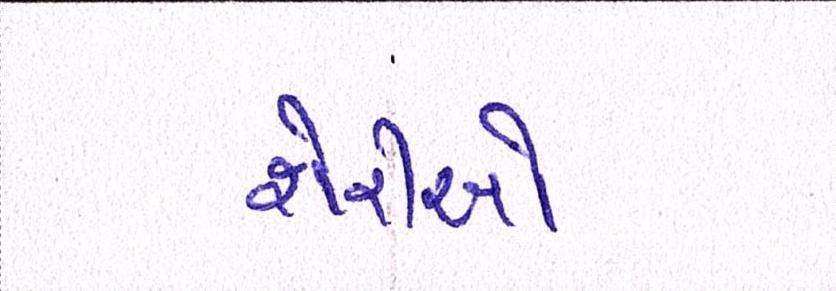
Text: શેરીઓ